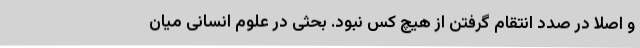
و اصلا در صدد انتقام گرفتن از هیچ کس نبود. بحثی در علوم انسانی میان